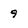
Character: 9